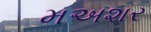
મઅશર